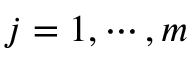
j = 1 , \cdots , m